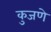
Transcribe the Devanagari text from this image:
कुजणे